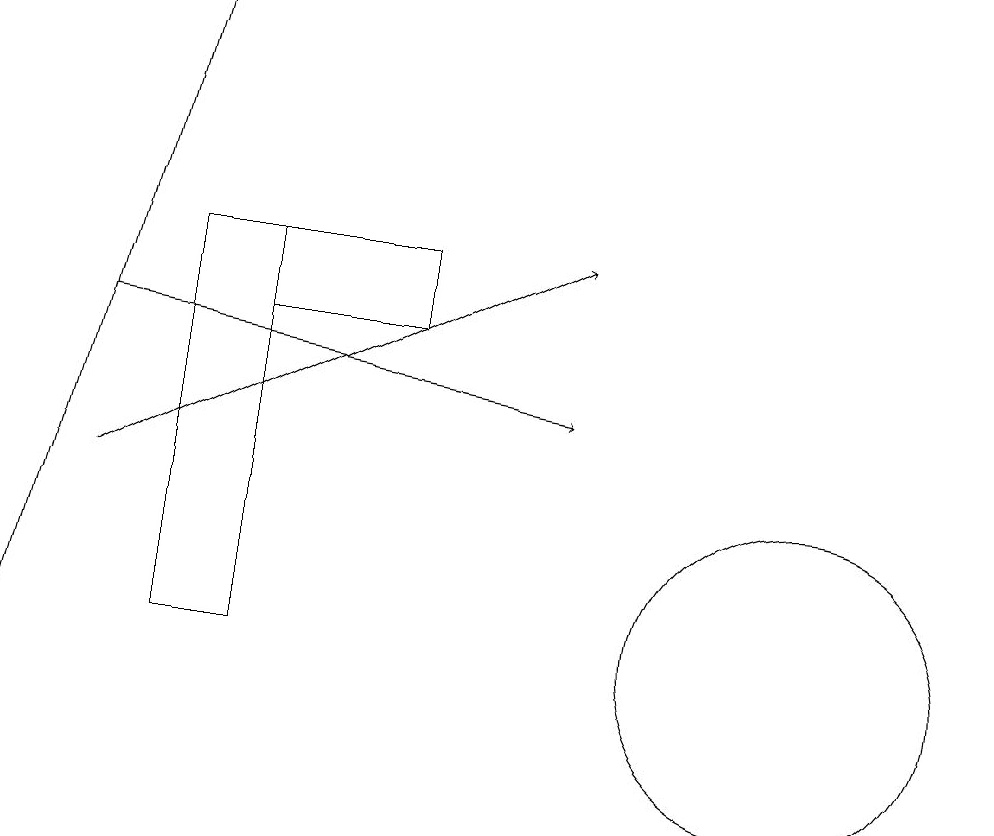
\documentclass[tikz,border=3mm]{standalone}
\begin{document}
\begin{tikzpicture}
\draw (11,10) circle (2);
\draw[->] (1,10) -- (3,18);
\draw (4,10) rectangle (3,15);
\draw[->] (2,14) -- (8,13);
\draw[->] (2,12) -- (8,15);
\draw (6,14) rectangle (4,15);
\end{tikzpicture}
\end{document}